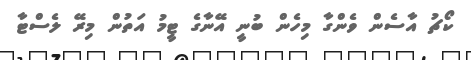
ކޯޗު އާސެން ވެންގާ މިހެން ބުނީ އޭނާގެ ޓީމު އަތުން މިރޭ ލެސްޓާ